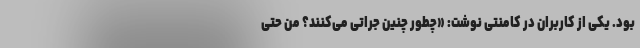
بود. یکی از کاربران در کامنتی نوشت: «چطور چنین جراتی می‌کنند؟ من حتی